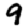
Digit: 9